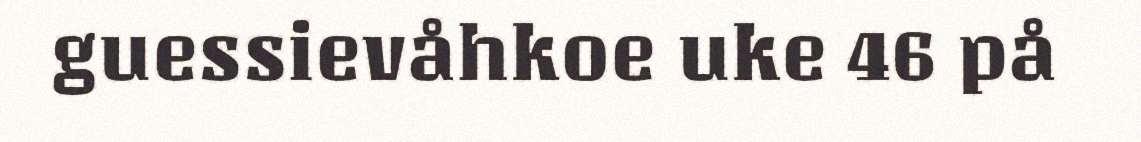
guessievåhkoe uke 46 på